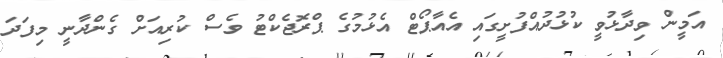
އަމީން ވިދާޅުވީ ކުޅުދުއްފުށީގައި އެއާޕޯޓް އެޅުމުގެ ޕްރޮޖެކްޓު ވެސް ކުރިއަށް ގެންދާނީ މިފަދަ